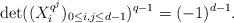
LaTeX: \begin{align*}\det((X_i^{q^j})_{0\leq i,j\leq d-1})^{q-1}=(-1)^{d-1}.\end{align*}